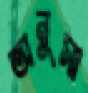
অনুসা